Report on the working of the Ranchi Indian Mental Hospital, Kanke, in Bihar and Orissa - 1930-1940
Year: 1930
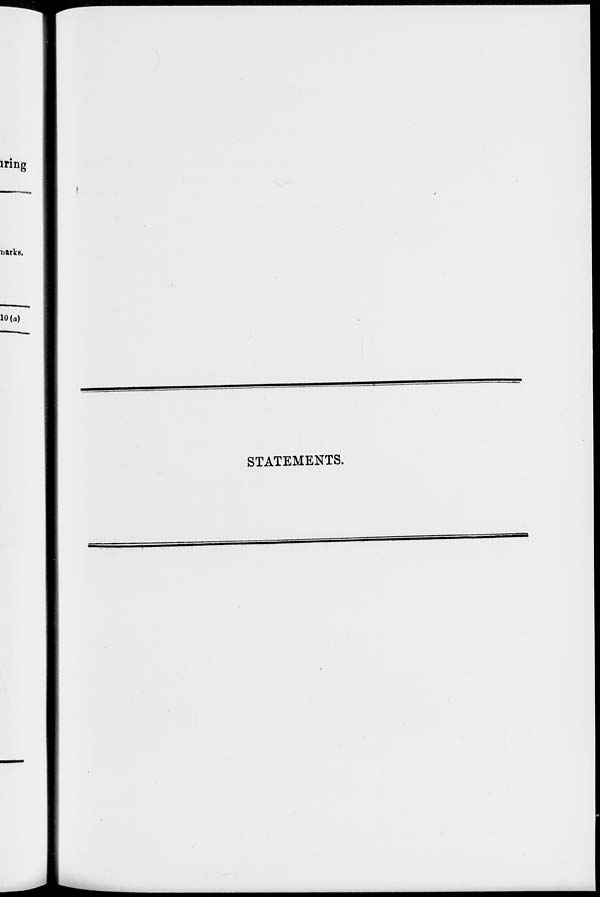
STATEMENTS.